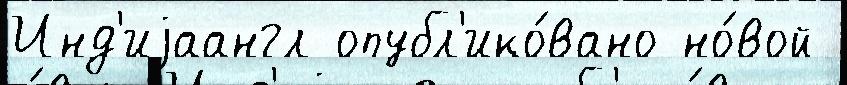
Инд'иjаангл опубл'ико́вано но́вой